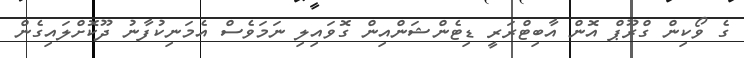
ގެ ވޯކިން ގްރޫޕް އޮން އާބިޓްރަރީ ޑިޓެންޝަންއިން ގޮވައިލި ނަމަވެސް އެމަނިކުފާނު ދޫކޮށްލައިގެން